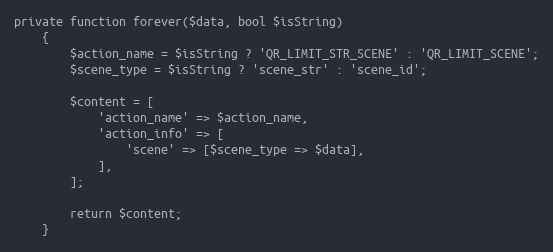
Language: PHP
private function forever($data, bool $isString)
    {
        $action_name = $isString ? 'QR_LIMIT_STR_SCENE' : 'QR_LIMIT_SCENE';
        $scene_type = $isString ? 'scene_str' : 'scene_id';

        $content = [
            'action_name' => $action_name,
            'action_info' => [
                'scene' => [$scene_type => $data],
            ],
        ];

        return $content;
    }